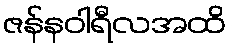
ဇန်နဝါရီလအထိ